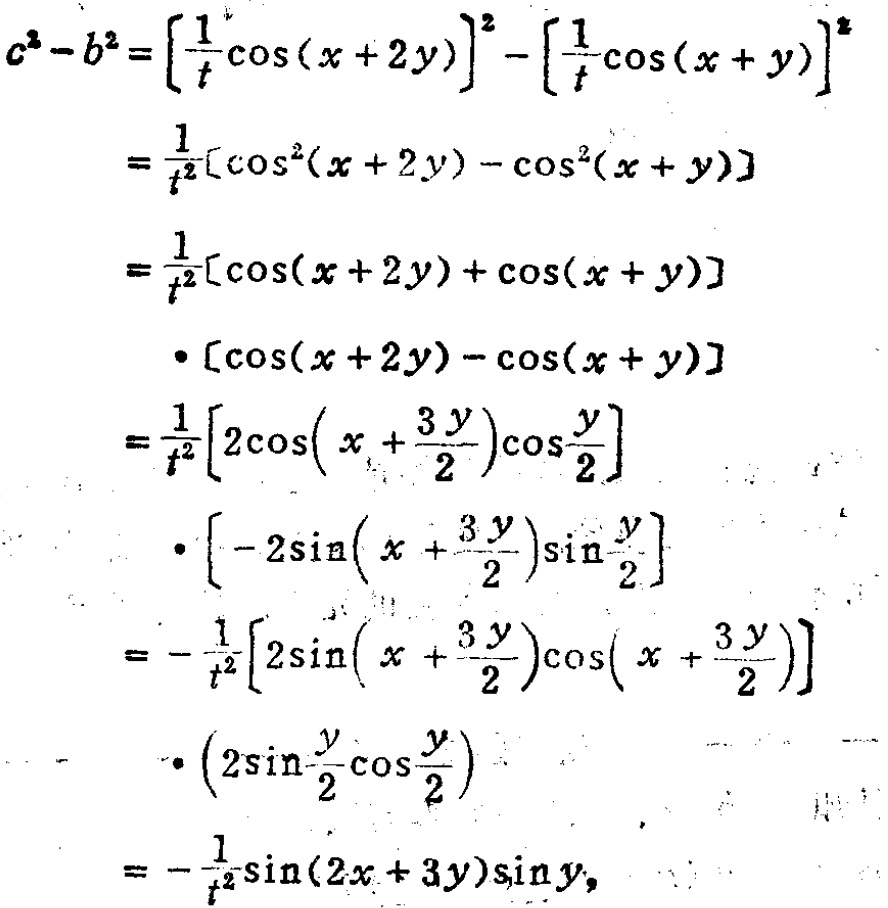
\begin{align*}

c^{2}-b^{2}&=\left[\frac{1}{t}\cos(x + 2y)\right]^{2}-\left[\frac{1}{t}\cos(x + y)\right]^{2}\\

&=\frac{1}{t^{2}}[\cos^{2}(x + 2y)-\cos^{2}(x + y)]\\

&=\frac{1}{t^{2}}[\cos(x + 2y)+\cos(x + y)]\\

&\cdot[\cos(x + 2y)-\cos(x + y)]\\

&=\frac{1}{t^{2}}\left[2\cos\left(x+\frac{3y}{2}\right)\cos\frac{y}{2}\right]\\

&\cdot\left[-2\sin\left(x+\frac{3y}{2}\right)\sin\frac{y}{2}\right]\\

&=-\frac{1}{t^{2}}\left[2\sin\left(x+\frac{3y}{2}\right)\cos\left(x+\frac{3y}{2}\right)\right]\\

&\cdot\left(2\sin\frac{y}{2}\cos\frac{y}{2}\right)\\

&=-\frac{1}{t^{2}}\sin(2x + 3y)\sin y,

\end{align*}